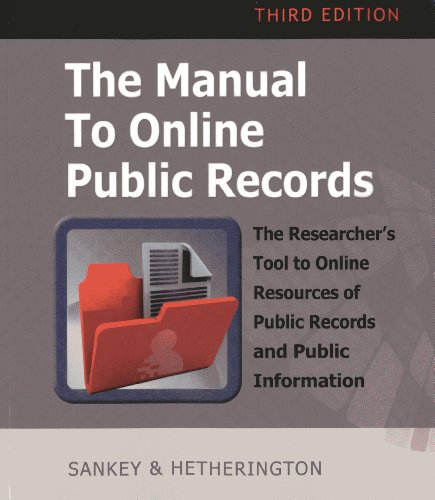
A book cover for The Manual to Online Public Records: The Researcher's Tool to Online Resources of Public Records and  Public Information; Michael Sankey; Reference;